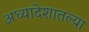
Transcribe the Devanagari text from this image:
अध्यादेशातल्या